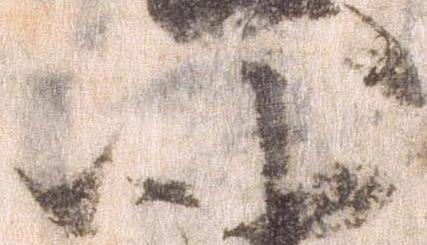
以